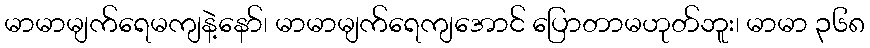
မာမာမျက်ရေမကျနဲ့နော်၊ မာမာမျက်ရေကျအောင် ပြောတာမဟုတ်ဘူး၊ မာမာ ၃၆၈